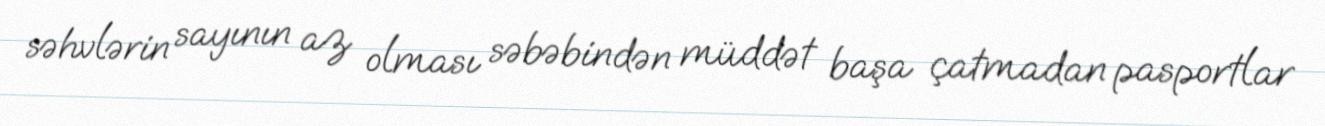
səhvlərin sayının az olması səbəbindən müddət başa çatmadan pasportlar